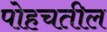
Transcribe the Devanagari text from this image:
पोहचतील